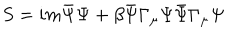
S = i m \bar { \Psi } \Psi + \beta \bar { \Psi } \Gamma _ { \mu } \Psi \bar { \Psi } \Gamma _ { \mu } \Psi